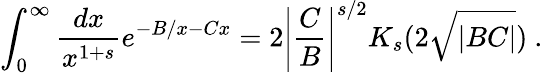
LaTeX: \int_{0}^{\infty}\frac{dx}{x^{1+s}}e^{-B/x-Cx}=2\left|\frac{C}{B}\right|^{s/2}K_{s}(2\sqrt{|BC|})\ .